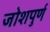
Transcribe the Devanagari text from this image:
जोशपुर्ण